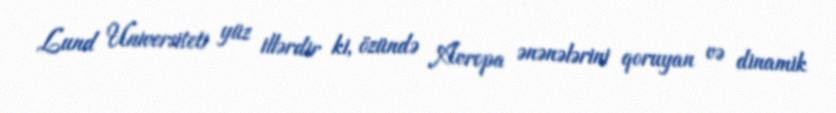
Lund Universiteti yüz illərdir ki, özündə Avropa ənənələrini qoruyan və dinamik